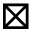
\boxtimes